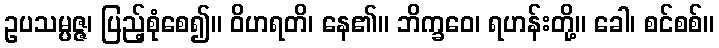
ဥပသမ္ပဇ္ဇ၊ ပြည့်စုံစေ၍။ ဝိဟရတိ၊ နေ၏။ ဘိက္ခဝေ၊ ရဟန်းတို့။ ခေါ၊ စင်စစ်။